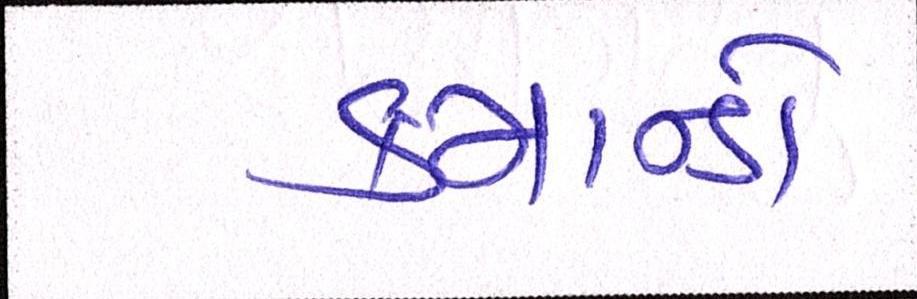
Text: કમાન્ડો